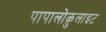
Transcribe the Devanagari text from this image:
पापालोक़ुलाइट